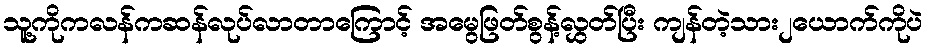
သူ့ကိုကလန်ကဆန်လုပ်လာတာကြောင့် အမွေဖြတ်စွန့်လွှတ်ပြီး ကျန်တဲ့သား၂ယောက်ကိုပဲ